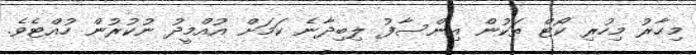
މިހާރު މިހުރި ކޯޓް ތަކުން އިންސާފު ލިބިދާނެ ކަމަށް އުއްމީދު ނުކުރުން ހުއްޓެވެ.